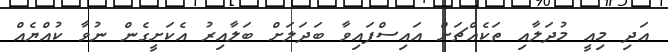
އަދި މިއީ މުދަލާއި ތަކެއްޗަށް އައިސްފައިވާ ބަދަލަށް ބަލާއިރު އެކަށީގެން ނުވާ ކުއްޔެއް